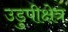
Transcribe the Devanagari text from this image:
उडुपीक्षेत्र